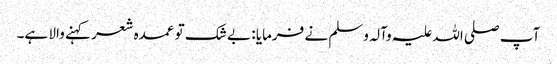
آپ صلی اللہ علیہ وآلہ وسلم نے فرمایا : بے شک تو عمدہ شعر کہنے والا ہے۔